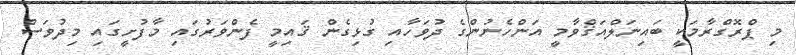
މި ޕްރޮގްރާމަކީ ބައިނަލްއަޤްވާމީ އަންހެނުންގެ ދުވަހާއި ގުޅިގެން ޤައިމީ ފެންވަރުގައި މާފުށީގައި މިދުވަސް